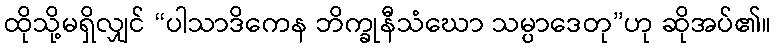
ထိုသို့မရှိလျှင် “ပါသာဒိကေန ဘိက္ခုနီသံဃော သမ္ပာဒေတု”ဟု ဆိုအပ်၏။